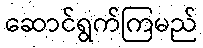
ဆောင်ရွက်ကြမည်